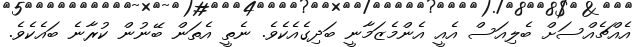
އެއްޗެއްސަށް ބެލިއަސް އެއީ އެންމެޒަމާނީ ބަދިގެއެކެވެ. ނެތީ އެތަން ބޭނުން ކުރާނެ ބައެކެވެ.